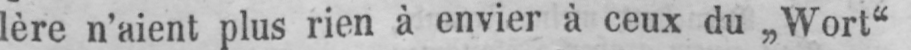
lère n’aient plus rien à envier à ceux du „Wort“